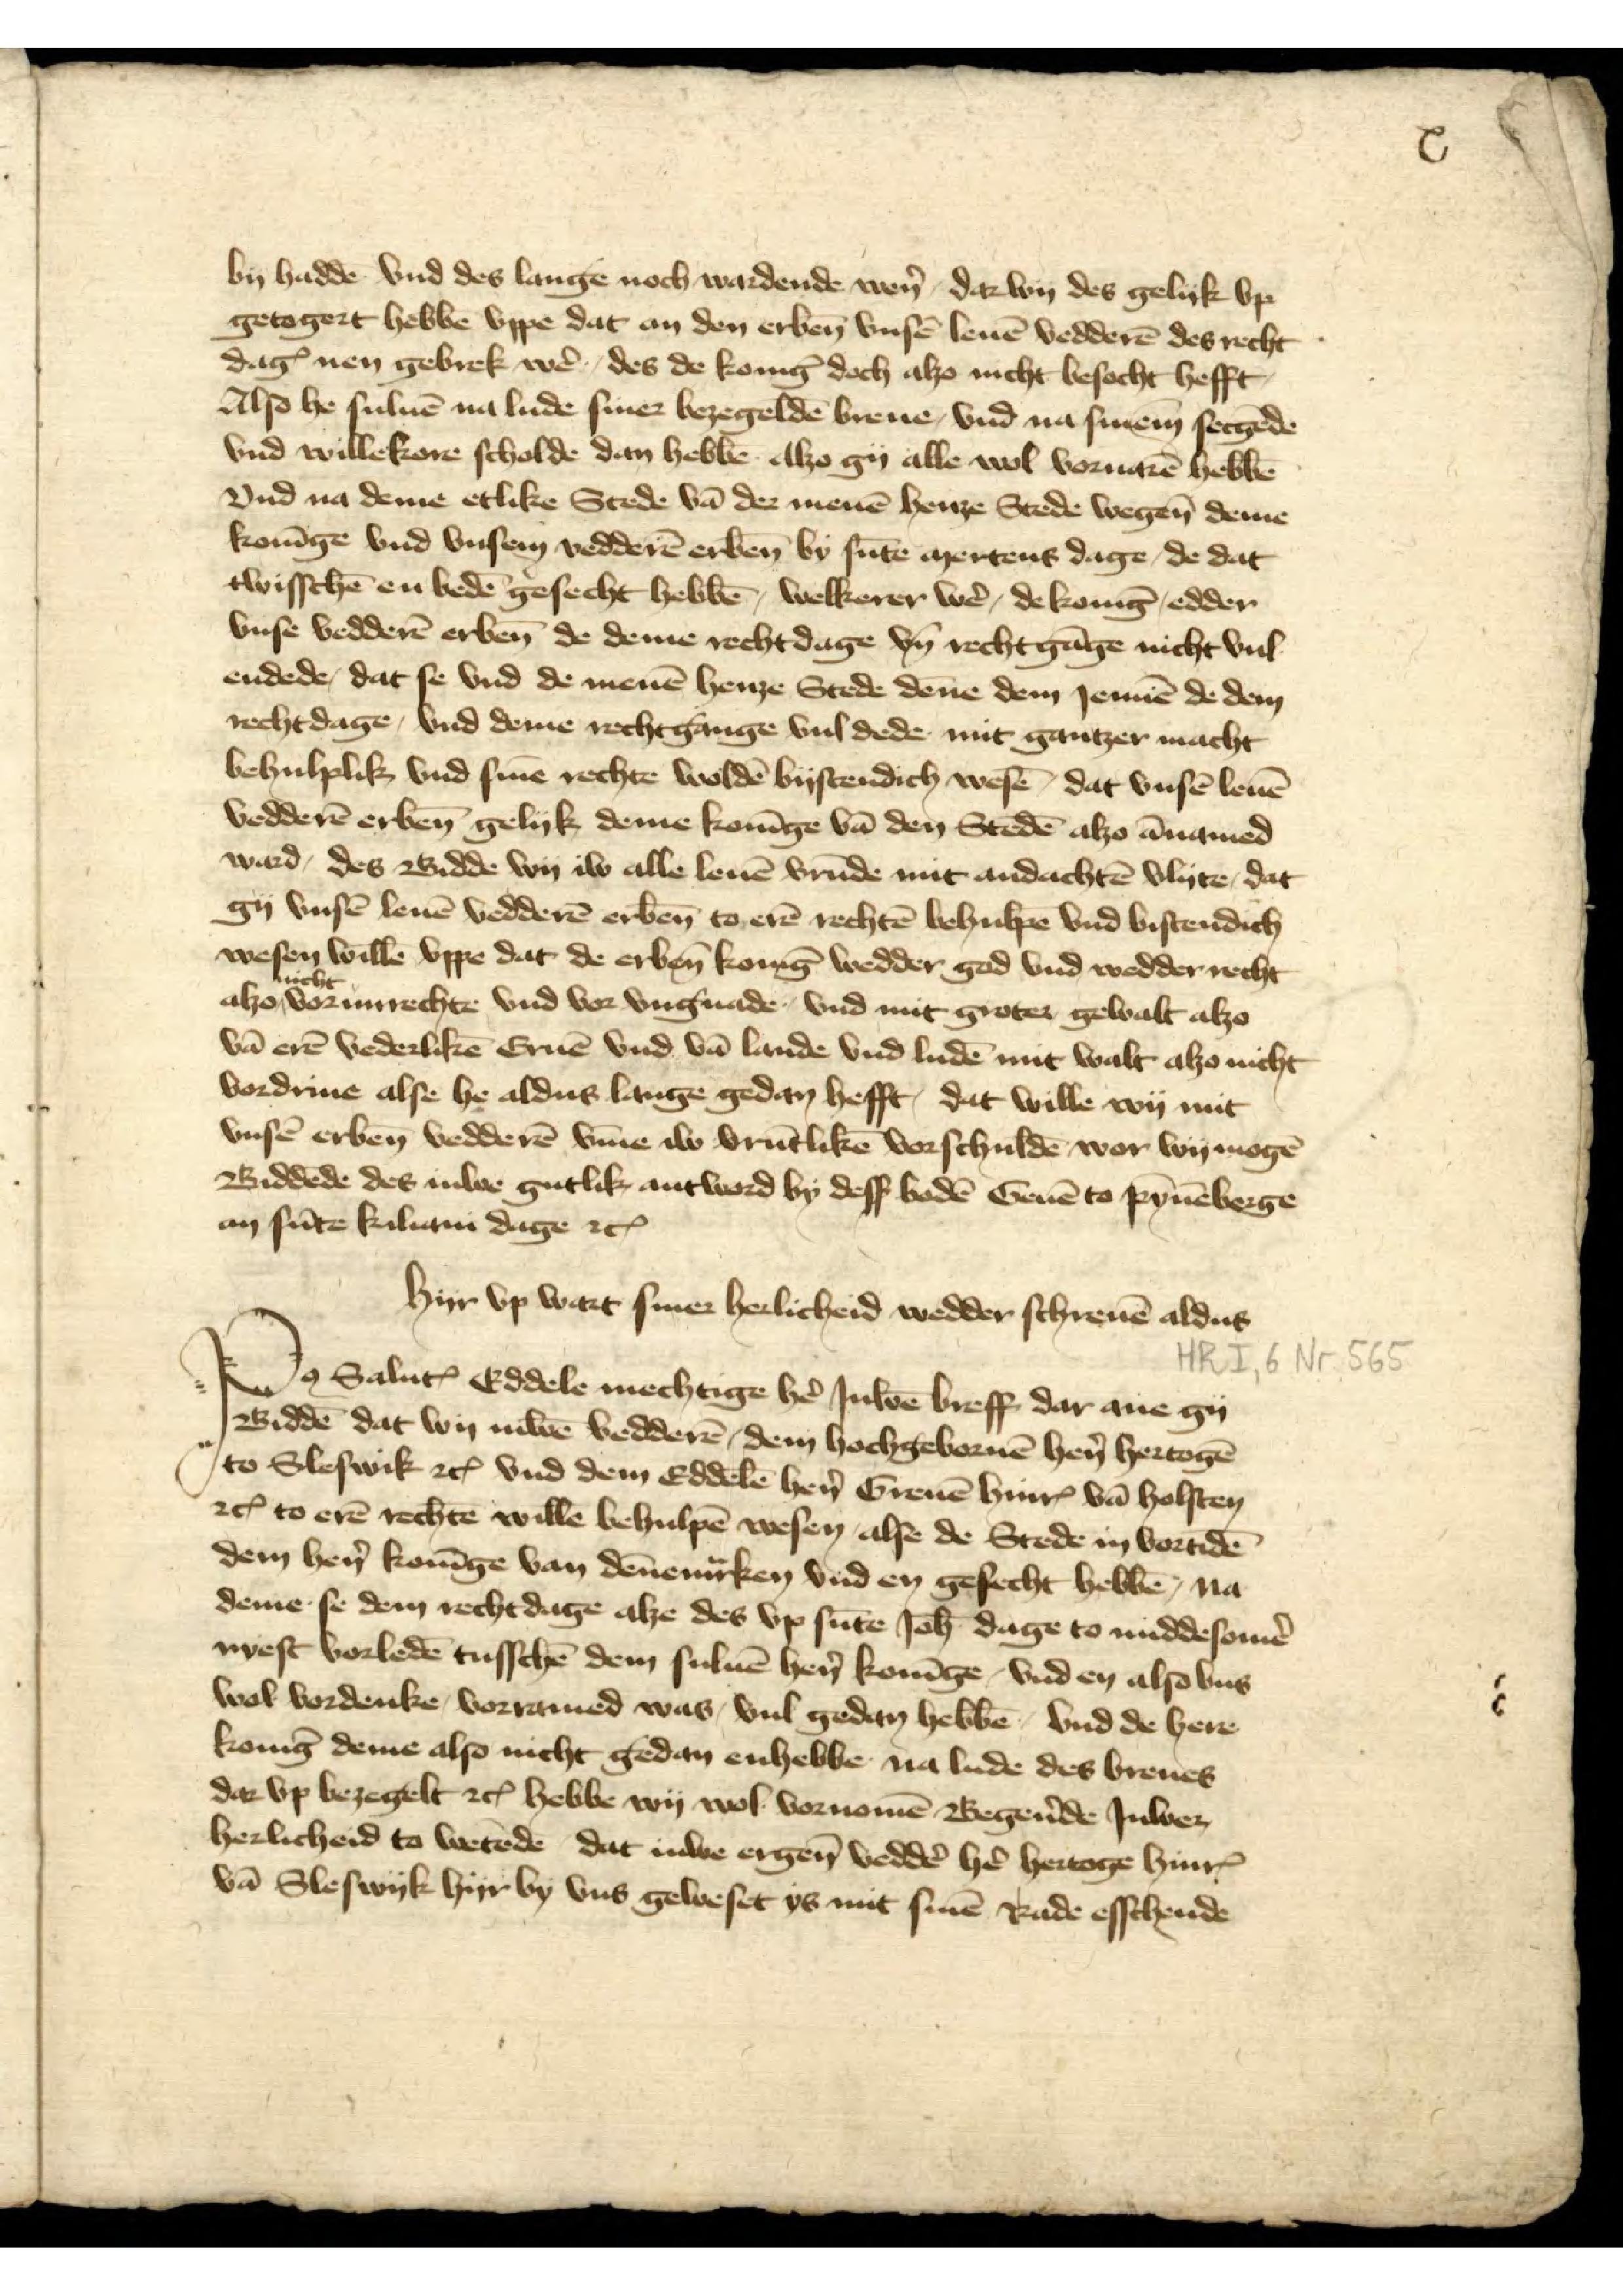
x

by haddē vnd des lange noch wardende wẻn, dar wy des gelyk vp
getogert hebbē vppe dat an den erben̄ vnsē leuē vedderē des recht
dagꝬ nen gebrek wẻ, des de Konīg doch alzo nicht besocht hefft
Also he suluē na lude siner bezegeldē breue, vnd na sinem secgēde
vnd willekore scholde dan hebbē Alzo gy alle wol voruarē hebbē
Vnd na deme etlike Stede vā der menē henze Stede wegen deme
Konīge vnd vnsem vedderē erben̄ by sūte mertens dage, de dat
twisschē en bedē gesecht hebbē, welkerer wẻ, de Konīg, edder
vnse vedderē erben̄ de deme rechtdage vn̄ rechtgāge nicht vul
endede, dat se vnd de menē henze Stede dēne dem Jennē de dem
rechtdage, vnd deme rechtgange vul dede mit gantzer macht
behulplik vnd sinē rechte woldē bystendich wesē, dat vnsē leuē
vedderē erben̄ gelyk deme Konīg vā den Stedē alzo ānamed
ward, des Bidde wy iw alle leuē vrūde mit andachtē vlyte, dat
gy vnsē leue vedderē erben̄ to erē rechtē behulpē vnd bistendich
wesen willē vppe dat de erben̄ Konīg wedder god vnd wedder recht
alzo nicht vorunrechte vnd vor vngnade vnd mit groter gewalt alzo
vā erē verderlikē Gruē vnd vā lande vnd ludē mit walt alzo nicht
vordriue alse he aldus lange gedan hefft, dat wille wy mit
vnsē erben̄ vedderē v̄me iw vrūtliken vorschuldē wor wy mogē
Biddende des Juwe gutlik antword by desß bodē Geuē to Pȳnēberge
an sūte Kiliani dage etꝬ

Hyr vp wart siner herlicheid wedder schreuē aldus
Po̧ Saluꝷ Eddele mechtige hẻ Juwe breff dar any gy
Biddē dat wy Juwe vedderē dem hochgebornē hẻn hertogē
to Sleswik etꝬ vnd dem Eddelē hẻn Greuē HinrꝬ vā Holsten
etꝬ to erē rechtē willē behulpē wesen alse de Stede in vortidē
dem hẻn Konīge van Dēnemͣrken vnd en gesecht hebbē, na
deme se dem rechtdage alze des vp sūte Joh̄ dage to middesom̉
nyest vorledē tusschē dem suluē hẻn Konīge, vnd en also vns
wol vordenke, vorramed was, vul gedan hebbē, vnd de here
Konīg deme also nicht gedan enhebbe na lude des breues
dar vp bezegelt etꝬ hebbe wy wol vornomē Begẻnde Juwer
herlicheid to wetēde, dat Juwe ergen̄ veddẻ her hertoge HinrꝬ
vā Sleswik hyr by vns geweset ys mit sinē Rade esschende